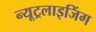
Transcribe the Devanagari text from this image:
न्यूट्रलाइजिंग